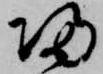
帰